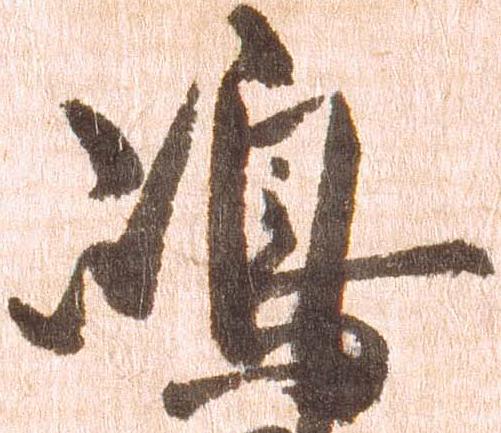
嶋